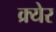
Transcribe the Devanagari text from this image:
क्र्येर